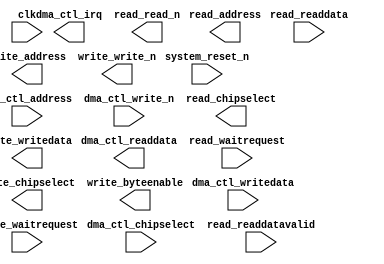
module qsys_top_dma_0 (
		input  wire        clk,                //                clk.clk
		input  wire        system_reset_n,     //              reset.reset_n
		input  wire [2:0]  dma_ctl_address,    // control_port_slave.address
		input  wire        dma_ctl_chipselect, //                   .chipselect
		output wire [31:0] dma_ctl_readdata,   //                   .readdata
		input  wire        dma_ctl_write_n,    //                   .write_n
		input  wire [31:0] dma_ctl_writedata,  //                   .writedata
		output wire        dma_ctl_irq,        //                irq.irq
		output wire [23:0] read_address,       //        read_master.address
		output wire        read_chipselect,    //                   .chipselect
		output wire        read_read_n,        //                   .read_n
		input  wire [31:0] read_readdata,      //                   .readdata
		input  wire        read_readdatavalid, //                   .readdatavalid
		input  wire        read_waitrequest,   //                   .waitrequest
		output wire [31:0] write_address,      //       write_master.address
		output wire        write_chipselect,   //                   .chipselect
		input  wire        write_waitrequest,  //                   .waitrequest
		output wire        write_write_n,      //                   .write_n
		output wire [31:0] write_writedata,    //                   .writedata
		output wire [3:0]  write_byteenable    //                   .byteenable
	);
endmodule